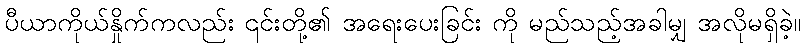
ပီယာကိုယ်နှိုက်ကလည်း ၎င်းတို့၏ အရေးပေးခြင်း ကို မည်သည့်အခါမျှ အလိုမရှိခဲ့။